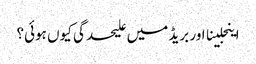
اینجلینا اور بریڈ میں علیحدگی کیوں ہوئی؟